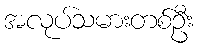
အလုပ်သမားတစ်ဦး